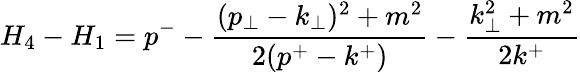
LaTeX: H_{4}-H_{1}=p^{-}-\frac{(p_{\perp}-k_{\perp})^{2}+m^{2}}{2(p^{+}-k^{+})}-\frac{k_{\perp}^{2}+m^{2}}{2k^{+}}